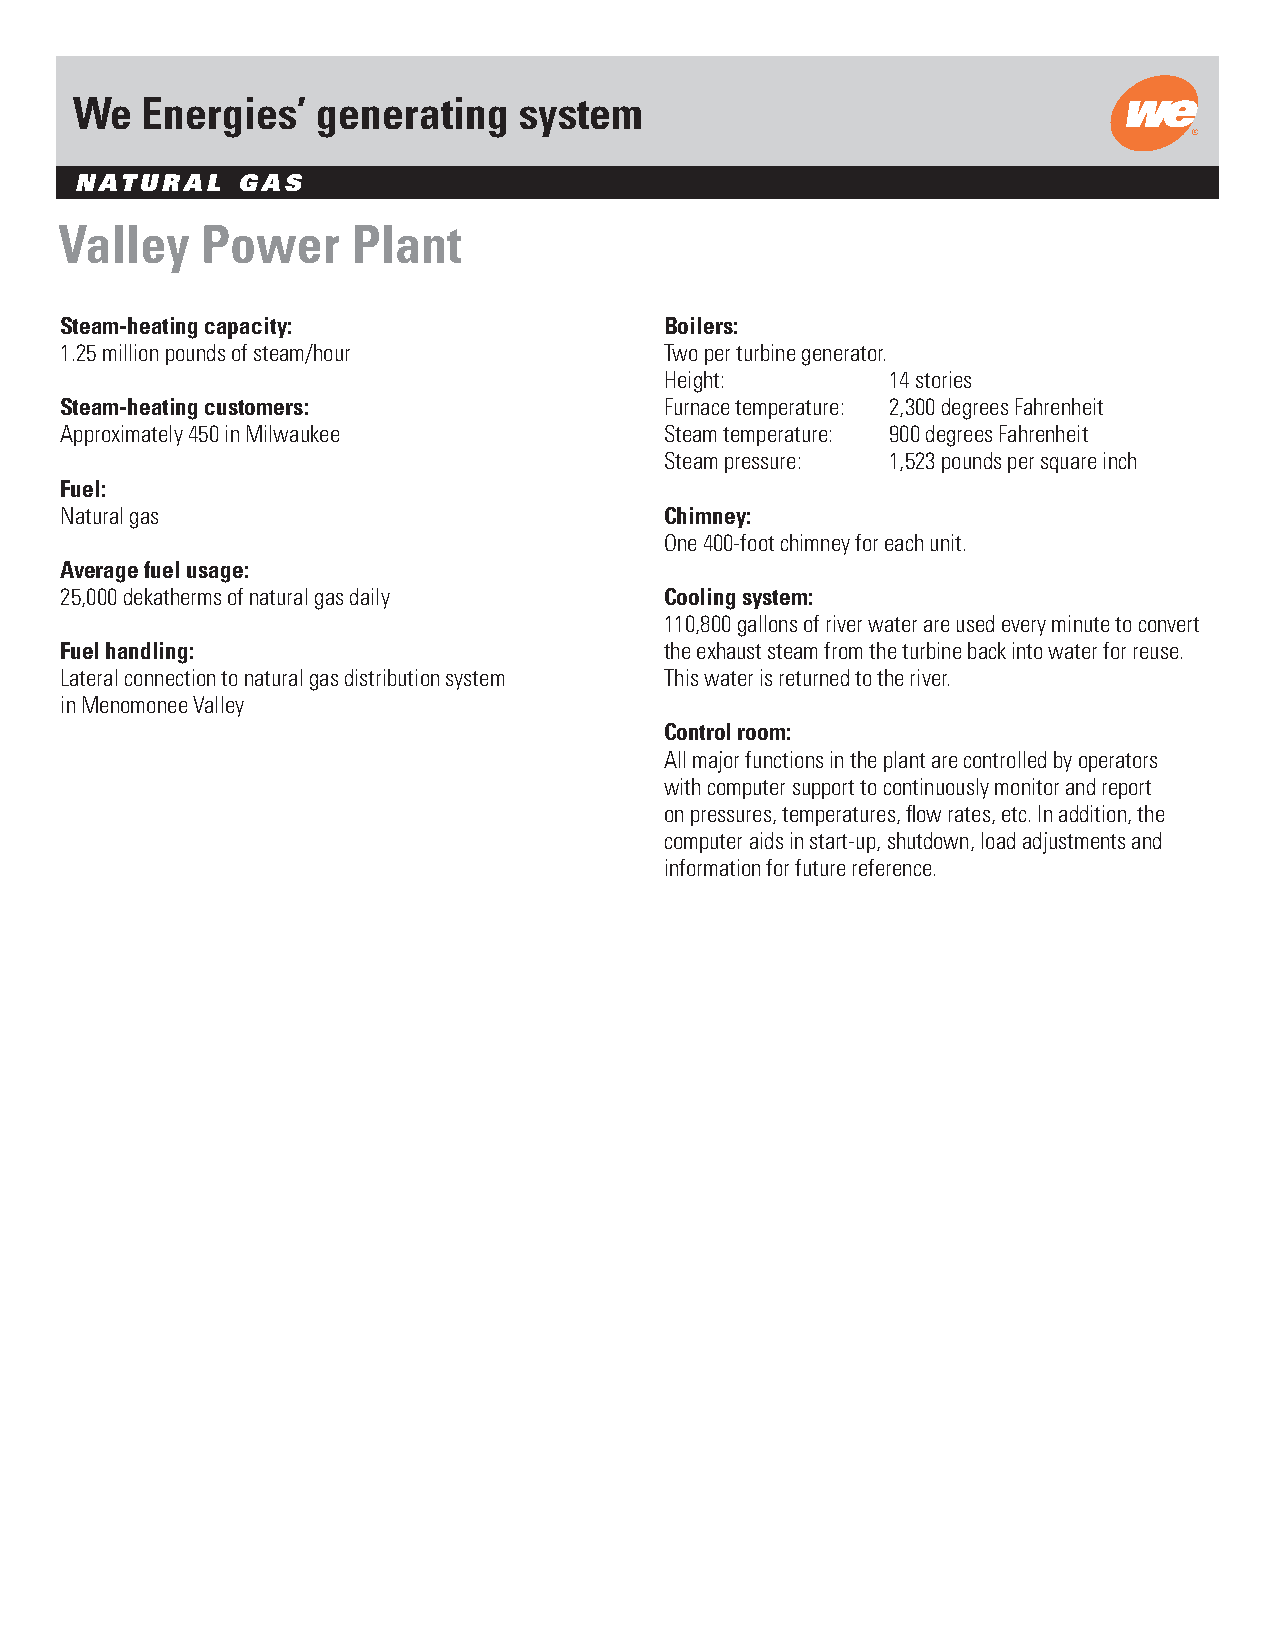
We  Energies’   generating   system
 NATURAL    GAS
 Valley   Power     Plant
 Steam-heating capacity:                 Boilers:
 1.25 million pounds of steam/hour       Two per turbine generator.
 Height:        14 stories
 Steam-heating customers:                Furnace temperature: 2,300 degrees Fahrenheit
 Approximately 450 in Milwaukee          Steam temperature: 900 degrees Fahrenheit
 Steam pressure: 1,523 pounds per square inch
 Fuel:
 Natural gas                             Chimney:
 One 400-foot chimney for each unit.
 Average fuel usage:
 25,000 dekatherms of natural gas daily  Cooling system:
 110,800 gallons of river water are used every minute to convert
 Fuel handling:                          the exhaust steam from the turbine back into water for reuse.
 Lateral connection to natural gas distribution system This water is returned to the river.
 in Menomonee Valley
 Control room:
 All major functions in the plant are controlled by operators
 with computer support to continuously monitor and report
 on pressures, temperatures, flow rates, etc. In addition, the
 computer aids in start-up, shutdown, load adjustments and
 information for future reference.